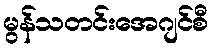
မွန်သတင်းအေဂျင်စီ